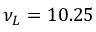
\nu _ { L } = 1 0 . 2 5